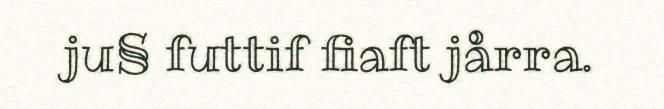
ju§ futtif fiaft jårra.